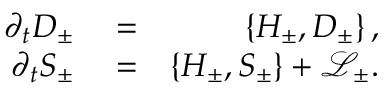
\begin{array} { r l r } { \partial _ { t } D _ { \pm } } & { { } = } & { \{ H _ { \pm } , D _ { \pm } \} \, , } \\ { \partial _ { t } S _ { \pm } } & { { } = } & { \{ H _ { \pm } , S _ { \pm } \} + \mathcal { L } _ { \pm } . } \end{array}